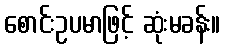
စောင်းဥပမာဖြင့် ဆုံးမခန်း။